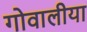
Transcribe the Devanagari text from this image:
गोवालीया